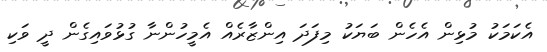
އެކަމަކު މުޅިން އެހެން ބަޔަކު މިފަދަ އިންޒާރެއް އެމީހުންނާ ގުޅުވައިގެން ދީ ވަކި